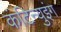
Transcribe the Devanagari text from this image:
कंटिन्युइंग